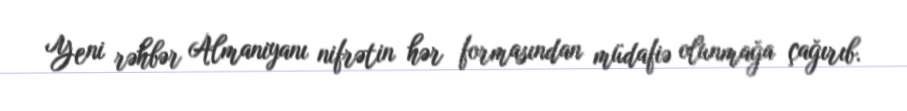
Yeni rəhbər Almaniyanı nifrətin hər formasından müdafiə olunmağa çağırıb.